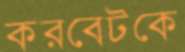
করবেটকে